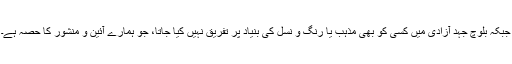
جبکہ بلوچ جہد آزادی میں کسی کو بھی مذہب یا رنگ و نسل کی بنیاد پر تفریق نہیں کیا جاتا، جو ہمارے آئین و منشور کا حصہ ہے۔